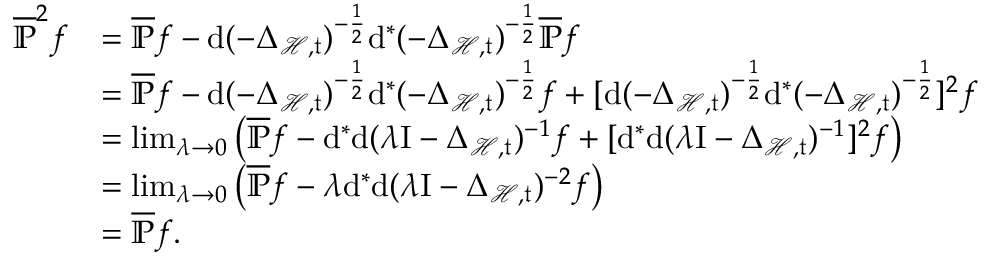
\begin{array} { r l } { \overline { { \mathbb { P } } } ^ { 2 } f } & { = \overline { { \mathbb { P } } } f - \mathrm { d } ( - \Delta _ { \mathcal { H } , \mathfrak { t } } ) ^ { - \frac { 1 } { 2 } } \mathrm { d } ^ { \ast } ( - \Delta _ { \mathcal { H } , \mathfrak { t } } ) ^ { - \frac { 1 } { 2 } } \overline { { \mathbb { P } } } f } \\ & { = \overline { { \mathbb { P } } } f - \mathrm { d } ( - \Delta _ { \mathcal { H } , \mathfrak { t } } ) ^ { - \frac { 1 } { 2 } } \mathrm { d } ^ { \ast } ( - \Delta _ { \mathcal { H } , \mathfrak { t } } ) ^ { - \frac { 1 } { 2 } } f + [ \mathrm { d } ( - \Delta _ { \mathcal { H } , \mathfrak { t } } ) ^ { - \frac { 1 } { 2 } } \mathrm { d } ^ { \ast } ( - \Delta _ { \mathcal { H } , \mathfrak { t } } ) ^ { - \frac { 1 } { 2 } } ] ^ { 2 } f } \\ & { = \operatorname* { l i m } _ { \lambda \rightarrow 0 } \left( \overline { { \mathbb { P } } } f - \mathrm { d } ^ { \ast } \mathrm { d } ( \lambda \mathrm { I } - \Delta _ { \mathcal { H } , \mathfrak { t } } ) ^ { - 1 } f + [ \mathrm { d } ^ { \ast } \mathrm { d } ( \lambda \mathrm { I } - \Delta _ { \mathcal { H } , \mathfrak { t } } ) ^ { - 1 } ] ^ { 2 } f \right) } \\ & { = \operatorname* { l i m } _ { \lambda \rightarrow 0 } \left( \overline { { \mathbb { P } } } f - \lambda \mathrm { d } ^ { \ast } \mathrm { d } ( \lambda \mathrm { I } - \Delta _ { \mathcal { H } , \mathfrak { t } } ) ^ { - 2 } f \right) } \\ & { = \overline { { \mathbb { P } } } f \mathrm { . ~ } } \end{array}